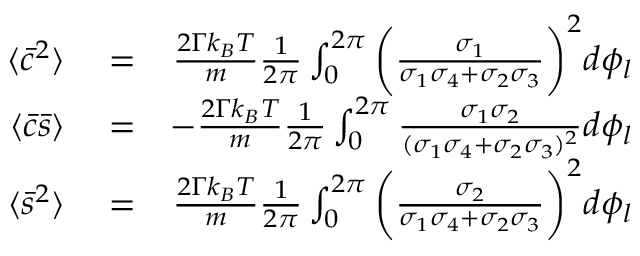
\begin{array} { r l r } { \langle \bar { c } ^ { 2 } \rangle } & { { } = } & { \frac { 2 \Gamma k _ { B } T } { m } \frac { 1 } { 2 \pi } \int _ { 0 } ^ { 2 \pi } \bigg ( \frac { \sigma _ { 1 } } { \sigma _ { 1 } \sigma _ { 4 } + \sigma _ { 2 } \sigma _ { 3 } } \bigg ) ^ { 2 } d \phi _ { l } } \\ { \langle \bar { c } \bar { s } \rangle } & { { } = } & { - \frac { 2 \Gamma k _ { B } T } { m } \frac { 1 } { 2 \pi } \int _ { 0 } ^ { 2 \pi } \frac { \sigma _ { 1 } \sigma _ { 2 } } { ( \sigma _ { 1 } \sigma _ { 4 } + \sigma _ { 2 } \sigma _ { 3 } ) ^ { 2 } } d \phi _ { l } } \\ { \langle \bar { s } ^ { 2 } \rangle } & { { } = } & { \frac { 2 \Gamma k _ { B } T } { m } \frac { 1 } { 2 \pi } \int _ { 0 } ^ { 2 \pi } \bigg ( \frac { \sigma _ { 2 } } { \sigma _ { 1 } \sigma _ { 4 } + \sigma _ { 2 } \sigma _ { 3 } } \bigg ) ^ { 2 } d \phi _ { l } } \end{array}